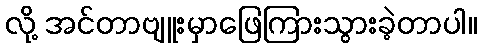
လို့ အင်တာဗျူးမှာဖြေကြားသွားခဲ့တာပါ။